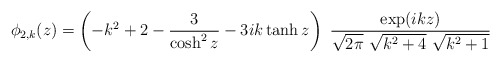
\begin{align*}\phi_{2,k}(z) = \left(- k^2 + 2 - {{3} \over {\cosh^2 z}} - 3 i k \tanh z\right)\ {{\exp(ikz)} \over {\sqrt{2 \pi} \ \sqrt{k^2 + 4} \ \sqrt{k^2 + 1}}}\end{align*}